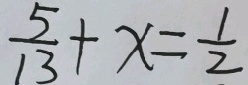
\frac { 5 } { 1 3 } + x = \frac { 1 } { 2 }